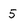
Character: 5